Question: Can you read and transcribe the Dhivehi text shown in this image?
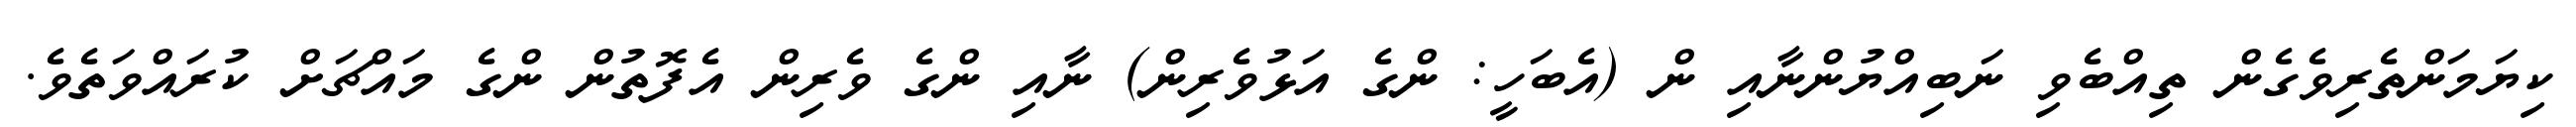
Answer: ކިޔަމަންތެރިވެގެން ތިއްބެވި ނަބިއްޔުންނާއި ން (އެބަހީ: ންގެ އަޅުވެރިން) ނާއި ންގެ ވެރިން އެފޮތުން ންގެ މައްޗަށް ކުރައްވަތެވެ.